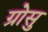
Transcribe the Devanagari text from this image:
ग्रोसु